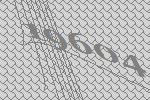
19604